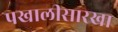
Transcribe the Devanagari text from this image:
पखालीसारखा